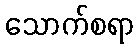
သောက်စရာ